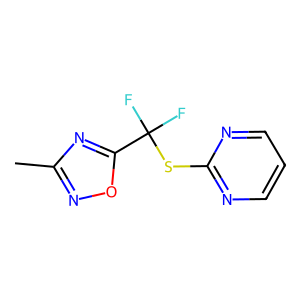
SMILES: Cc1noc(C(F)(F)Sc2ncccn2)n1
Inhibits HIV replication: Yes